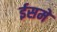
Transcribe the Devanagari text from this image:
ईसमे